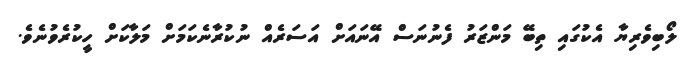
ލޯބިވެރިޔާ އެކުގައި ތިބޭ މަންޒަރު ފެނުނަސް އޭނައަށް އަސަރެއް ނުކުރާނެކަމަށް މަލާކަށް ހީކުރެވުނެވެ.